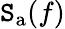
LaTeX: \mathtt{S}_{\mathrm{{a}}}(f)